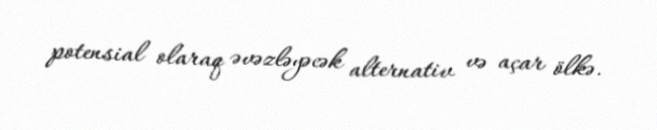
potensial olaraq əvəzləyəcək alternativ və açar ölkə.